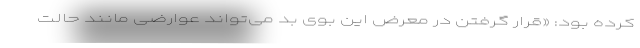
کرده بود: «قرار گرفتن در معرض این بوی بد می‌تواند عوارضی مانند حالت